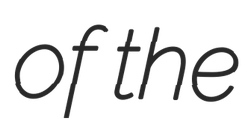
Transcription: of the